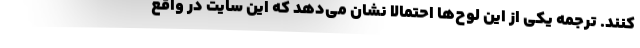
کنند. ترجمه یکی از این لوح‌ها احتمالا نشان می‌دهد که این سایت در واقع